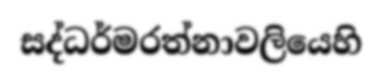
සද්ධර්මරත්නාවලියෙහි